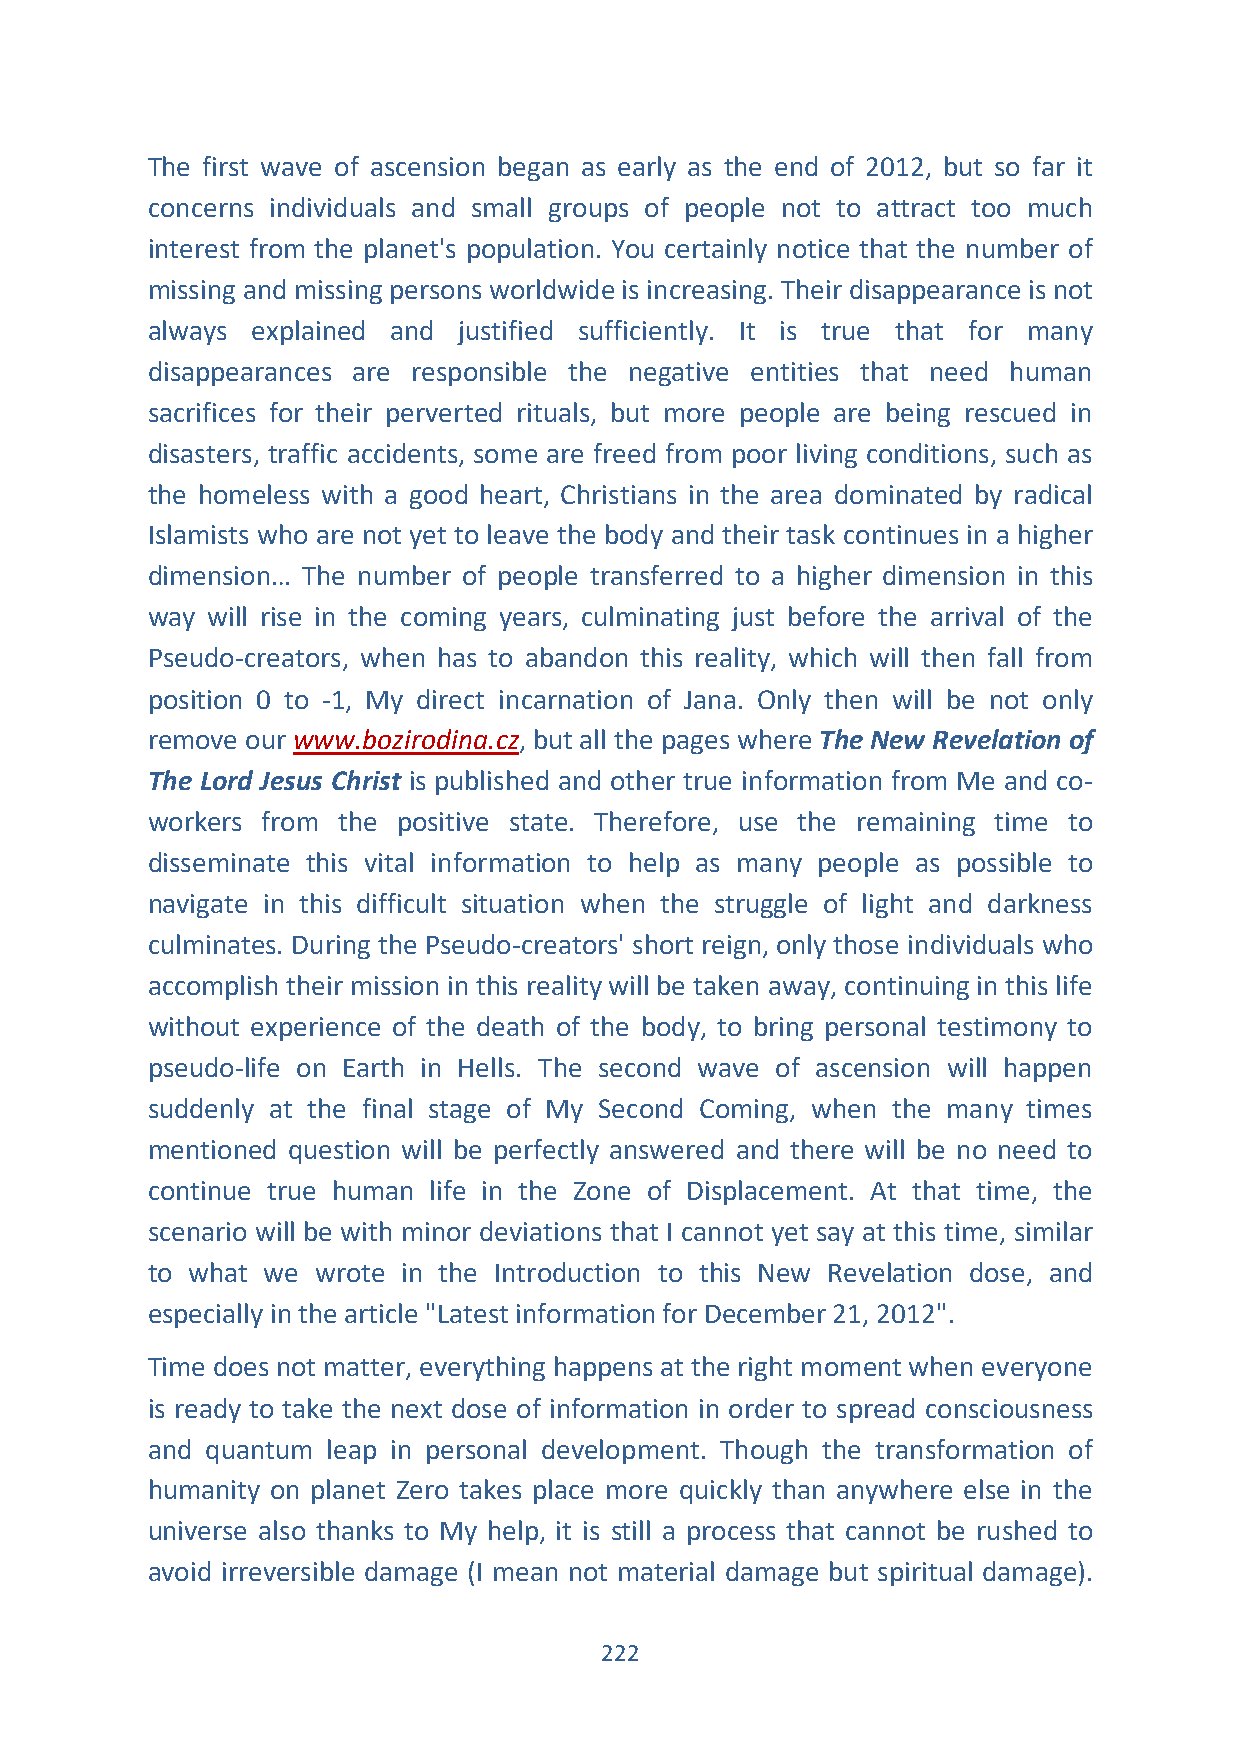
The first wave of ascension began as early as the end of 2012, but so far it
 concerns individuals and small groups of people not to attract too much
 interest from the planet's population. You certainly notice that the number of
 missing and missing persons worldwide is increasing. Their disappearance is not
 always explained and justified sufficiently. It is true that for many
 disappearances are responsible the negative entities that need human
 sacrifices for their perverted rituals, but more people are being rescued in
 disasters, traffic accidents, some are freed from poor living conditions, such as
 the homeless with a good heart, Christians in the area dominated by radical
 Islamists who are not yet to leave the body and their task continues in a higher
 dimension… The number of people transferred to a higher dimension in this
 way will rise in the coming years, culminating just before the arrival of the
 Pseudo-creators, when has to abandon this reality, which will then fall from
 position 0 to -1, My direct incarnation of Jana. Only then will be not only
 remove our www.bozirodina.cz, but all the pages where The New Revelation of
 The Lord Jesus Christ is published and other true information from Me and co-
 workers from the positive state. Therefore, use the remaining time to
 disseminate this vital information to help as many people as possible to
 navigate in this difficult situation when the struggle of light and darkness
 culminates. During the Pseudo-creators' short reign, only those individuals who
 accomplish their mission in this reality will be taken away, continuing in this life
 without experience of the death of the body, to bring personal testimony to
 pseudo-life on Earth in Hells. The second wave of ascension will happen
 suddenly at the final stage of My Second Coming, when the many times
 mentioned question will be perfectly answered and there will be no need to
 continue true human life in the Zone of Displacement. At that time, the
 scenario will be with minor deviations that I cannot yet say at this time, similar
 to what we wrote in the Introduction to this New Revelation dose, and
 especially in the article "Latest information for December 21, 2012".
 Time does not matter, everything happens at the right moment when everyone
 is ready to take the next dose of information in order to spread consciousness
 and quantum leap in personal development. Though the transformation of
 humanity on planet Zero takes place more quickly than anywhere else in the
 universe also thanks to My help, it is still a process that cannot be rushed to
 avoid irreversible damage (I mean not material damage but spiritual damage).
 222